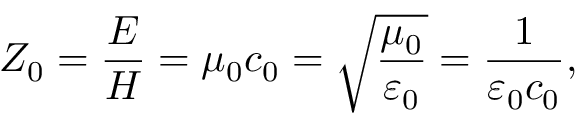
Z _ { 0 } = { \frac { E } { H } } = \mu _ { 0 } c _ { 0 } = { \sqrt { \frac { \mu _ { 0 } } { \varepsilon _ { 0 } } } } = { \frac { 1 } { \varepsilon _ { 0 } c _ { 0 } } } ,